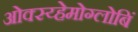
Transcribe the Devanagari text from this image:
ओक्स्य्हेमोग्लोबिं